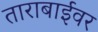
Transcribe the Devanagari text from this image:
ताराबाईवर